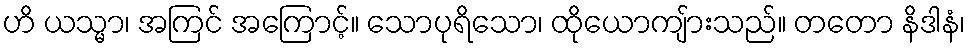
ဟိ ယသ္မာ၊ အကြင် အကြောင့်။ သောပုရိသော၊ ထိုယောကျ်ားသည်။ တတော နိဒါနံ၊